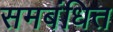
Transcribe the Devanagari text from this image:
समबंधित